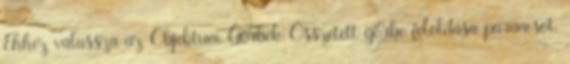
Ehhez válassza az Objektum Görbék Összetett görbe feloldása parancsot.